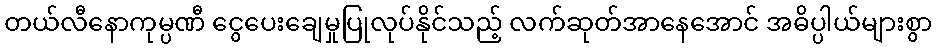
တယ်လီနောကုမ္ပဏီ ငွေပေးချေမှုပြုလုပ်နိုင်သည့် လက်ဆုတ်အာနေအောင် အဓိပ္ပါယ်များစွာ